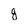
Character: g